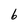
Character: b